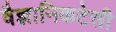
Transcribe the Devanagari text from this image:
वैज्ञानिकटेसी